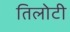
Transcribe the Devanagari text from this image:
तिलोटी